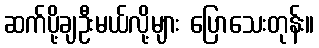
ဆက်ပို့ချဦးမယ်လို့များ ပြောသေးတုန်း။